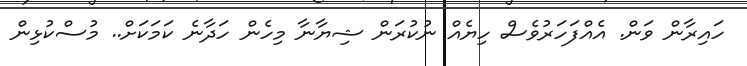
ހައިރާން ވަން. އެއްފަހަރުވެސް ހިޔެއް ނުކުރަން ޝިޔާނާ މިހެން ހަދާނެ ކަމަކަށް.. މުސްކުޅިން